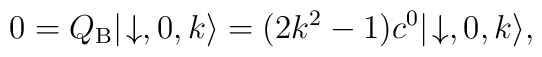
0 = Q_{\rm B} |\! \downarrow, 0, k \rangle = (2k^2 - 1)c^0 |\! \downarrow, 0, k \rangle ,